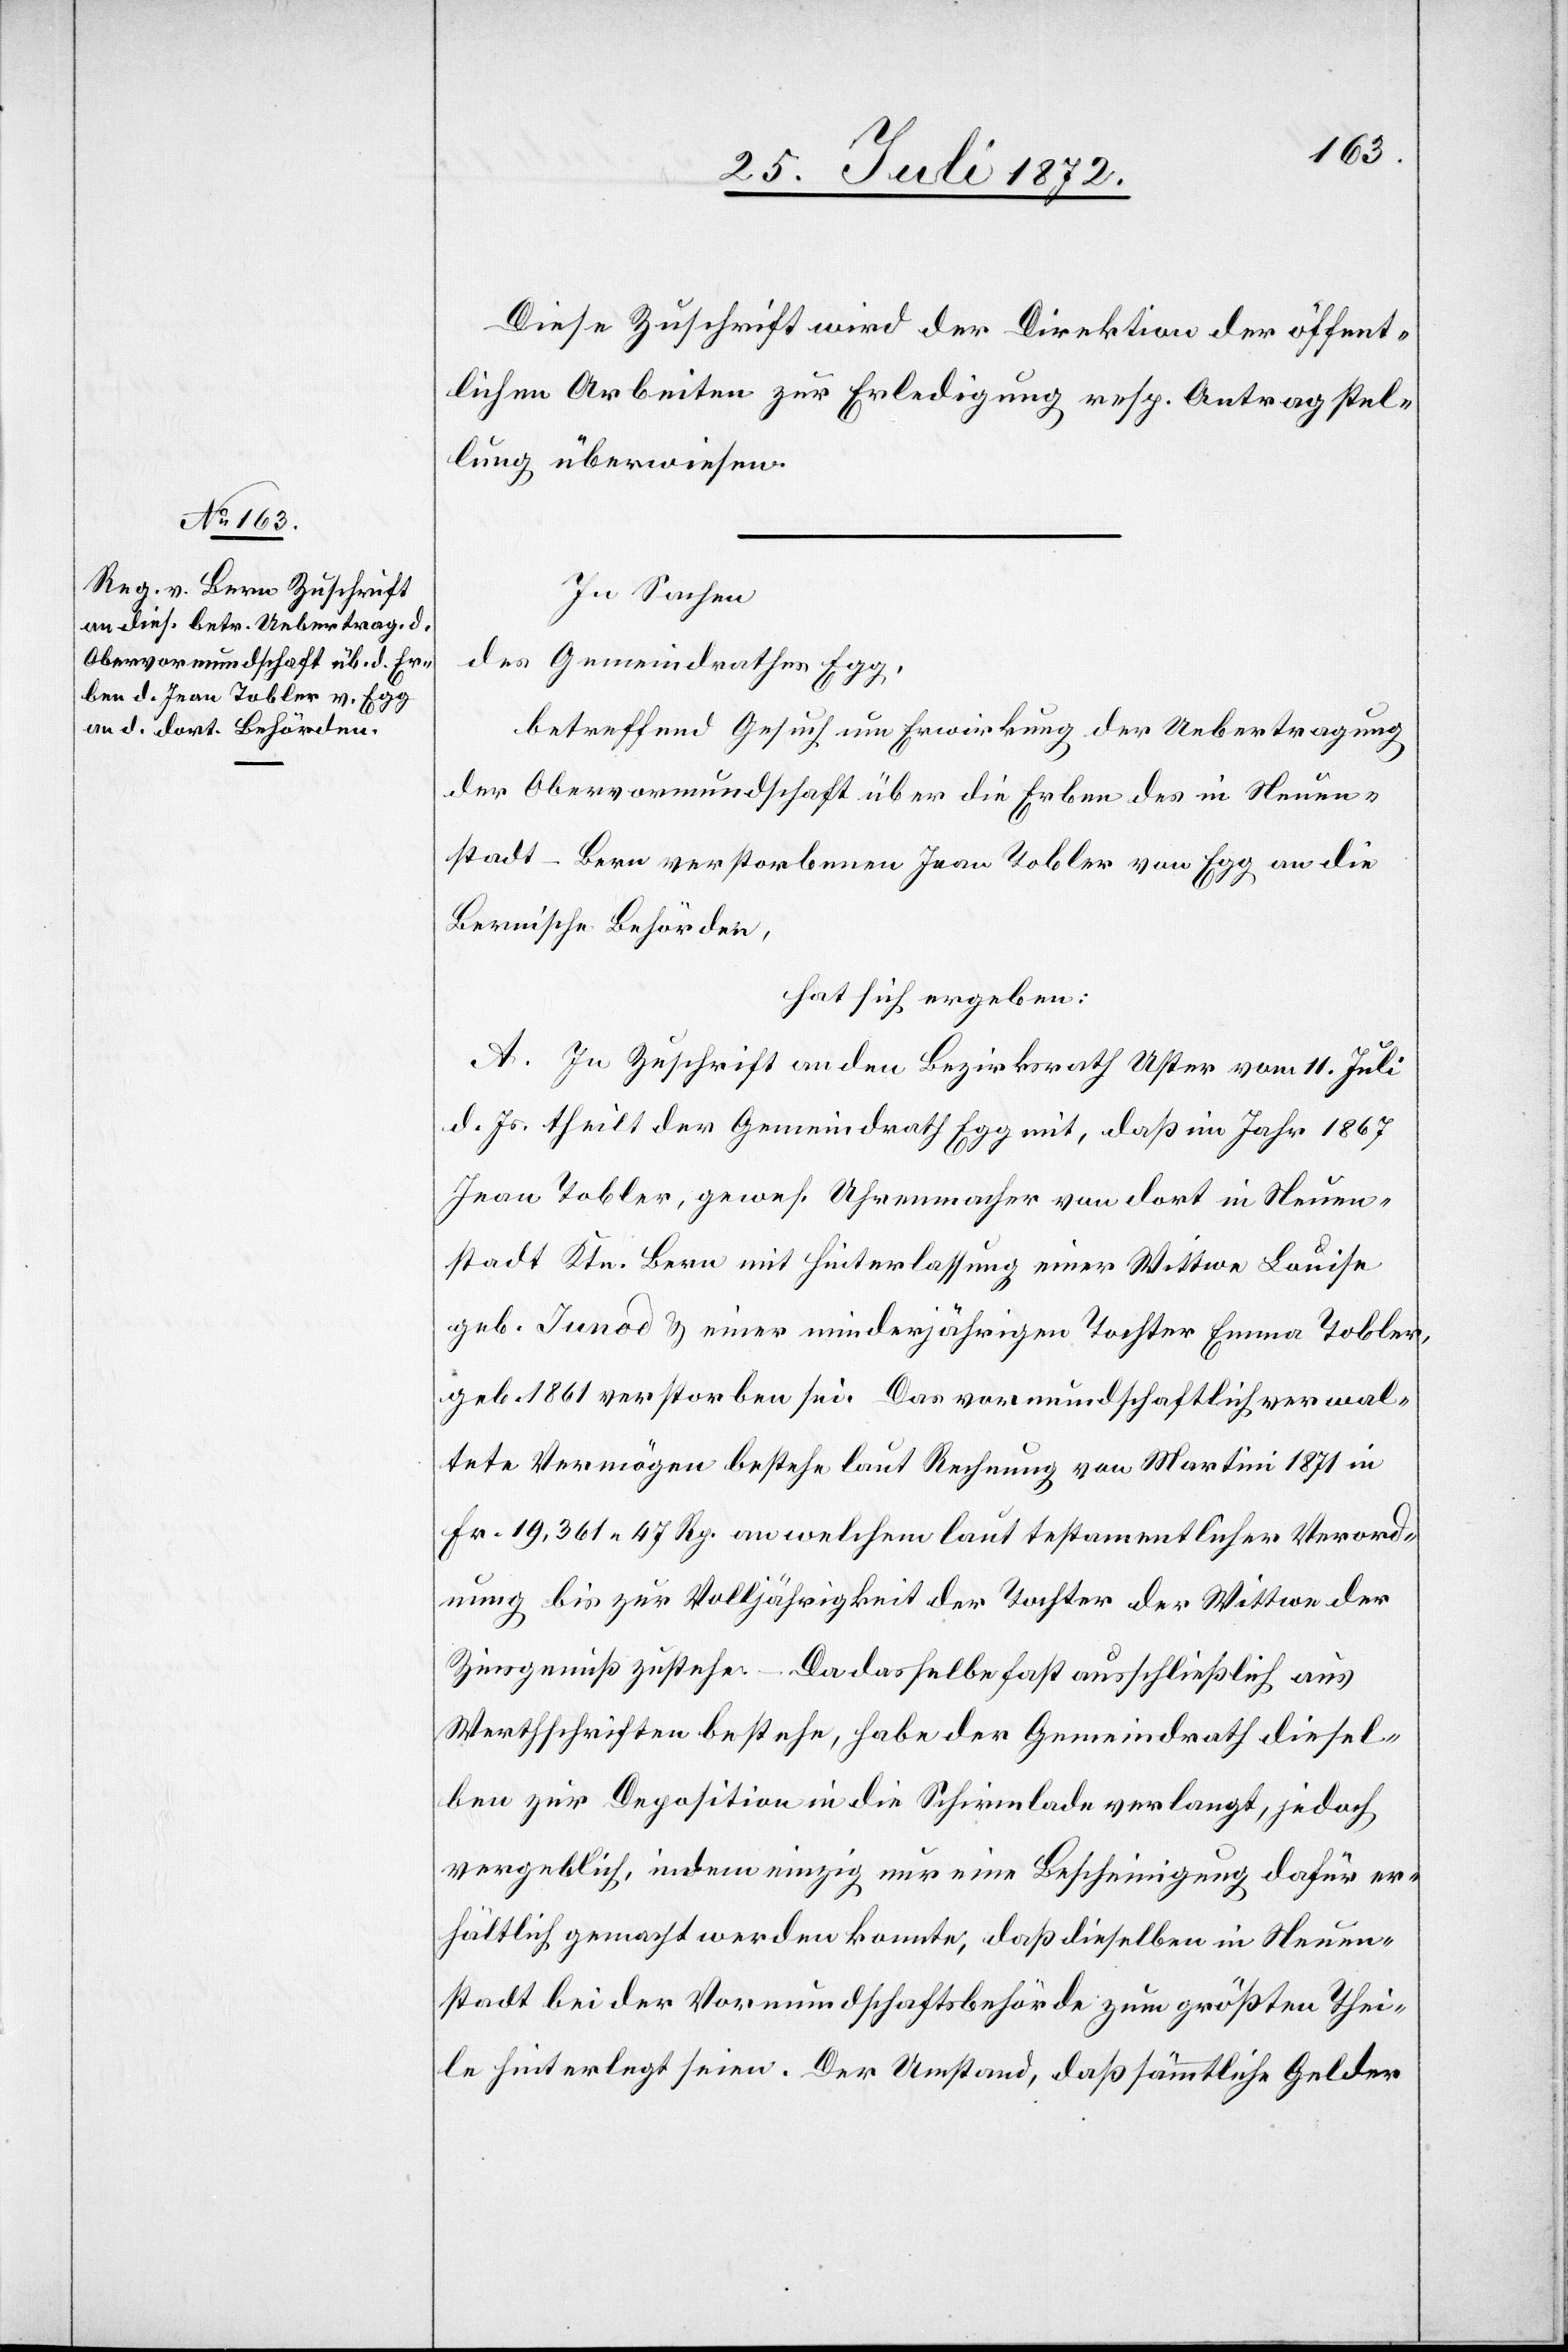
Diese Zuschrift wird der Direktion der öffent¬
lichen Arbeiten zur Erledigung resp. Antragstel¬
lung überwiesen.
In Sachen
des Gemeindrathes Egg,
betreffend Gesuch um Erwirkung der Uebertragung
der Obervormundschaft über die Erben des in Neuen¬
stadt-Bern verstorbenen Jean Tobler von Egg an die
Bernische Behörden,
hat sich ergeben:
A. In Zuschrift an den Bezirksrath Uster vom 11. Juli
d. Js. theilt der Gemeindrath Egg mit, daß im Jahr 1867
Jean Tobler, gewes. Uhrenmacher von dort in Neuen¬
stadt Ktn. Bern mit Hinterlassung einer Wittwe Louise
geb. Junod u. einer minderjährigen Tochter Emma Tobler,
geb. 1861 verstorben sei. Das vormundschaftlich verwal¬
tete Vermögen bestehe laut Rechnung von Martini 1871 in
Fr. 19,361 47 Rp. an welchem laut testamentlicher Verord¬
nung bis zur Volljährigkeit der Tochter der Wittwe der
Zinsgenuß zustehe. – Da dasselbe fast ausschließlich aus
Werthschriften bestehe, habe der Gemeindrath diesel¬
ben zur Deposition in die Schirmlade verlangt, jedoch
vergeblich, indem einzig nur eine Bescheinigung dafür er¬
hältlich gemacht werden konnte, daß dieselben in Neuen¬
stadt bei der Vormundschaftsbehörde zum größten Thei¬
le hinterlegt seien. Der Umstand, daß sämmtliche Gelder